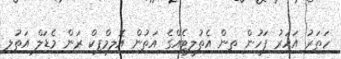
ހަތަރު އަަހަރު ފަހުން ތިން އެތުލީޓެއްގެ އަތުން އޮލިމްޕިކް ރަން މެޑަލް އަތުލި